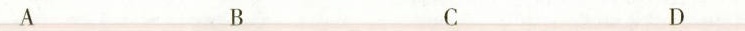
A B C D